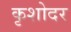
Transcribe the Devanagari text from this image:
कृशोदर